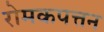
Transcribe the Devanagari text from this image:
रोमकपत्तन